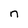
Character: n